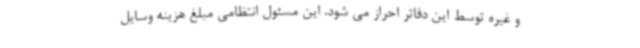
و غیره توسط این دفاتر احراز می شود. این مسئول انتظامی مبلغ هزینه وسایل